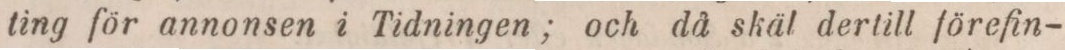
ting för annonsen i Tidningen; och då skäl dertill förefin-